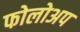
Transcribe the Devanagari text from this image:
फोलोअप